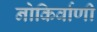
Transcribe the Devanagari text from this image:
नोकिर्वाणी